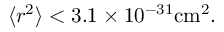
\langle r ^ { 2 } \rangle < 3 . 1 \times 1 0 ^ { - 3 1 } \mathrm { c m ^ { 2 } } .